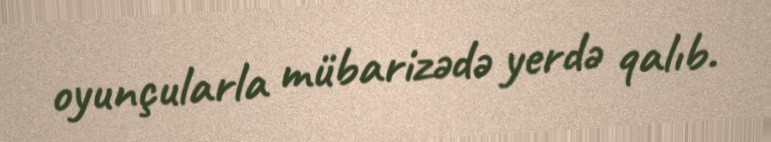
oyunçularla mübarizədə yerdə qalıb.